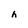
Character: h